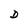
Character: D